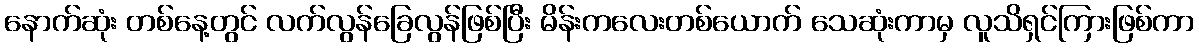
နောက်ဆုံး တစ်နေ့တွင် လက်လွန်ခြေလွန်ဖြစ်ပြီး မိန်းကလေးတစ်ယောက် သေဆုံးကာမှ လူသိရှင်ကြားဖြစ်ကာ